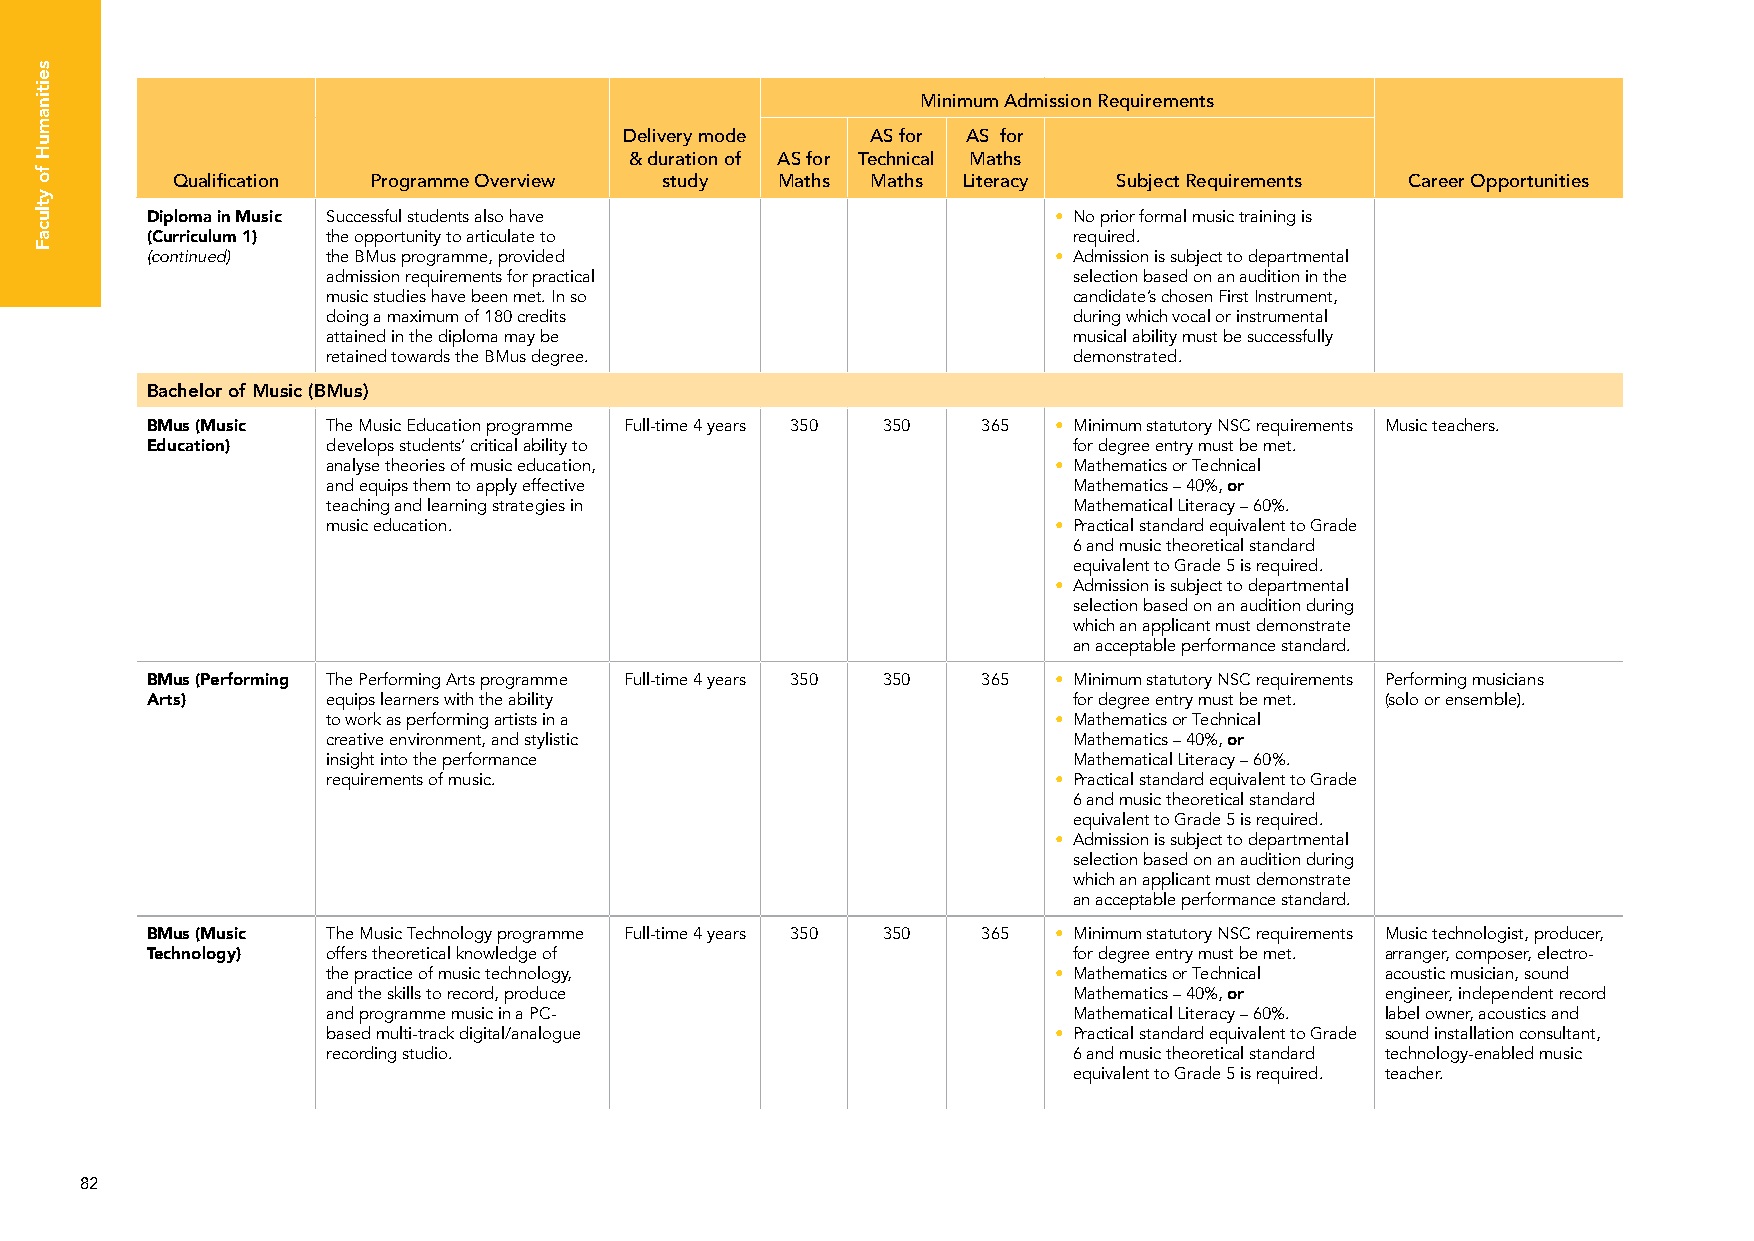
Minimum Admission Requirements
 Delivery mode    AS for AS for
 & duration of AS for Technical Maths
 Qualification Programme Overview study  Maths  Maths Literacy  Subject Requirements Career Opportunities
 Diploma in Music Successful students also have              • No prior formal music training is
 (Curriculum 1) the opportunity to articulate to              required.
 (continued) the BMus programme, provided                    • Admission is subject to departmental
 admission requirements for practical             selection based on an audition in the
 music studies have been met. In so               candidate’s chosen First Instrument,
 doing a maximum of 180 credits                   during which vocal or instrumental
 attained in the diploma may be                   musical ability must be successfully
 retained towards the BMus degree.                demonstrated.
 Bachelor of Music (BMus)
 BMus (Music The Music Education programme Full-time 4 years 350 350 365 • Minimum statutory NSC requirements Music teachers.
 Education)  develops students’ critical ability to           for degree entry must be met.
 analyse theories of music education,            • Mathematics or Technical
 and equips them to apply effective               Mathematics – 40%, or
 teaching and learning strategies in              Mathematical Literacy – 60%.
 music education.                                • Practical standard equivalent to Grade
 6 and music theoretical standard
 equivalent to Grade 5 is required.
 • Admission is subject to departmental
 selection based on an audition during
 which an applicant must demonstrate
 an acceptable performance standard.
 BMus (Performing The Performing Arts programme Full-time 4 years 350 350 365 • Minimum statutory NSC requirements Performing musicians
 Arts)       equips learners with the ability                 for degree entry must be met. (solo or ensemble).
 to work as performing artists in a              • Mathematics or Technical
 creative environment, and stylistic              Mathematics – 40%, or
 insight into the performance                     Mathematical Literacy – 60%.
 requirements of music.                          • Practical standard equivalent to Grade
 6 and music theoretical standard
 equivalent to Grade 5 is required.
 • Admission is subject to departmental
 selection based on an audition during
 which an applicant must demonstrate
 an acceptable performance standard.
 BMus (Music The Music Technology programme Full-time 4 years 350 350 365 • Minimum statutory NSC requirements Music technologist, producer,
 Technology) offers theoretical knowledge of                  for degree entry must be met. arranger, composer, electro-
 the practice of music technology,               • Mathematics or Technical acoustic musician, sound
 and the skills to record, produce                Mathematics – 40%, or engineer, independent record
 and programme music in a PC-                     Mathematical Literacy – 60%. label owner, acoustics and
 based multi-track digital/analogue              • Practical standard equivalent to Grade sound installation consultant,
 recording studio.                                6 and music theoretical standard technology-enabled music
 equivalent to Grade 5 is required. teacher.
 82
 seitinamuH
 fo
 ytlucaF